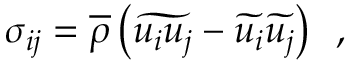
\sigma _ { i j } = \overline { { \rho } } \left( \widetilde { u _ { i } u _ { j } } - \widetilde { u _ { i } } \widetilde { u _ { j } } \right) \, \mathrm { ~ , ~ }